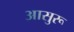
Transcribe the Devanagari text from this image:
आसुरू